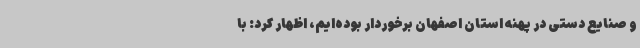
و صنایع دستی در پهنه استان اصفهان برخوردار بوده‌ایم، اظهار کرد: با